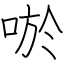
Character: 唹